Scottish Leaving Certificate Examination, 1961
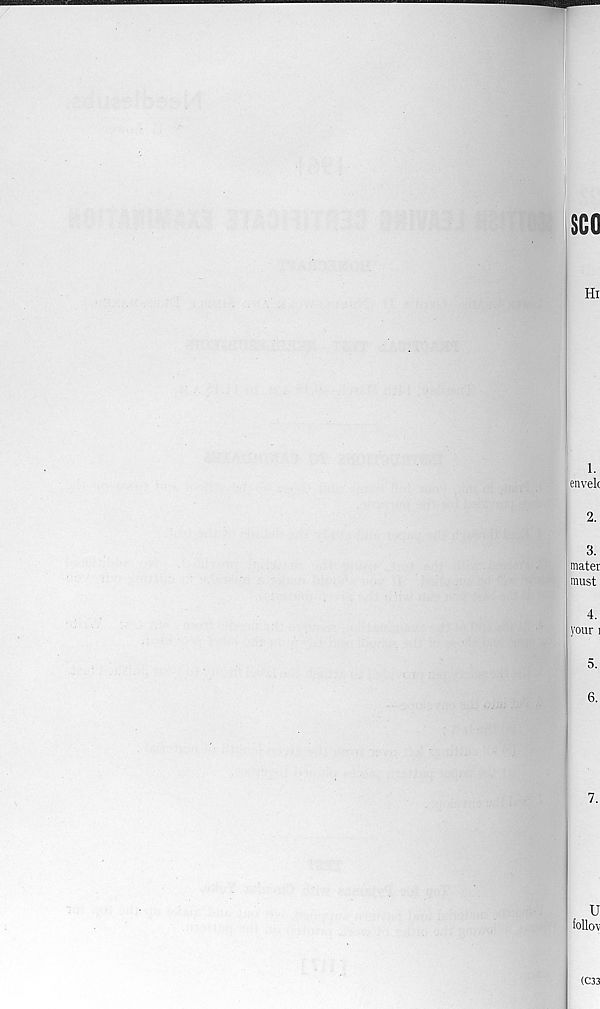
SCO
Hi
1.
envek
2.
3.
mater
must
4.
your i
5.
6.
7.
U
follow
(C33